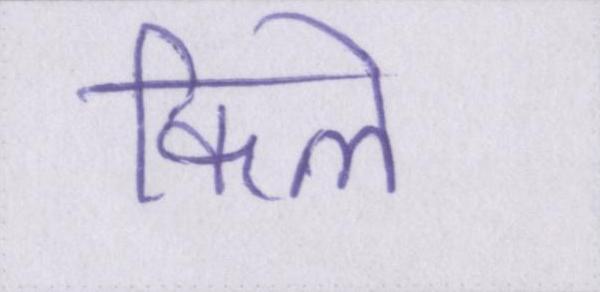
किले